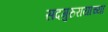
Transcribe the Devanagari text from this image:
सदगुरुरायाच्या